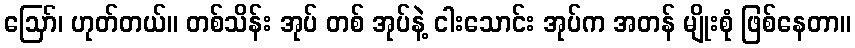
ဪ၊ ဟုတ်တယ်။ တစ်သိန်း အုပ် တစ် အုပ်နဲ့ ငါးသောင်း အုပ်က အတန် မျိုးစုံ ဖြစ်နေတာ။